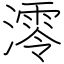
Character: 澪